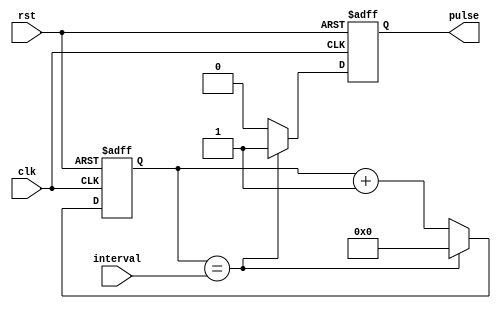
module pulse_generator (
    input wire clk, // Clock input
    input wire rst, // Reset input
    input wire [15:0] interval, // Desired interval input
    output reg pulse // Pulse output
);

reg [15:0] count; // Counter to keep track of timing intervals

always @(posedge clk or posedge rst) begin
    if (rst) begin
        count <= 0; // Reset counter
        pulse <= 0; // Reset pulse
    end else begin
        if (count == interval) begin
            pulse <= 1; // Generate pulse
            count <= 0; // Reset counter
        end else begin
            count <= count + 1; // Increment counter
            pulse <= 0; // Reset pulse
        end
    end
end

endmodule